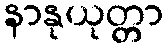
နာနုယုတ္တာ